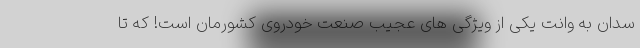
سدان به وانت یکی از ویژگی های عجیب صنعت خودروی کشورمان است! که تا